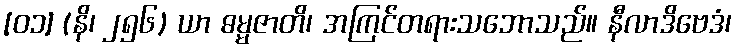
[၀၁] (နိ၊ ၂၅၆) ယာ ဓမ္မဇာတိ၊ အကြင်တရားသဘောသည်။ နီလာဒိဗေဒံ၊